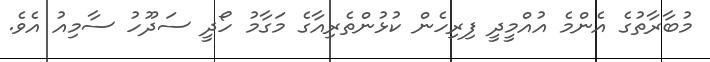
މުބާރާތުގެ އެންމެ އުއްމީދީ ފިރިހެން ކުޅުންތެރިއާގެ މަގާމު ހޯދީ ސަދޫހު ސާމިއު އެވެ.